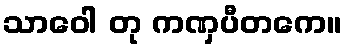
သာဝေါ တု ကဏှပီတကေ။